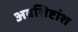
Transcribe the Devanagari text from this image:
अवशिष्टांश